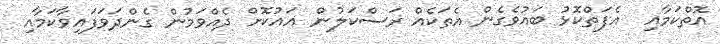
އޮތްކަމާއި  އެފަތްކޮޅު ބައުވެގެން އެތަކެއް ރަސްކަލުން އައުކޮށް ދެއްވަމުން ގެންދަވަފައިވާކަމާއި